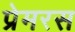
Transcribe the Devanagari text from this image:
प्रेमरस